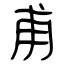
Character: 甫